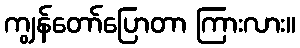
ကျွန်တော်ပြောတာ ကြားလား။